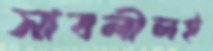
সাবলীলই